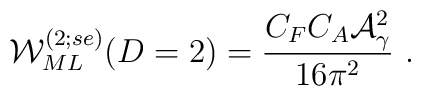
{\cal W}^{(2;se)}_{ML}(D=2) =\frac{C_F C_A {\cal A}_{\gamma}^2} {16 {\pi}^2} \ .